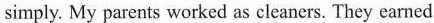
simply. My parents worked as cleaners. They earned